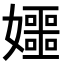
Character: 𪦰